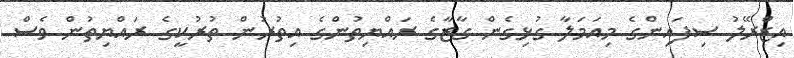
އިޒްރޭލު ސިފައިންގެ މިއަމަލާ ގުޅިގެން ގާޒާގެ ރައްޔިތުންގެ އިތުރުން ތުރުކީގެ ރައްޔިތުން ވެސް